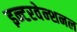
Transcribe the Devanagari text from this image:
इन्टरवेन्शनल